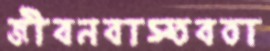
জীবনবাস্তবতা